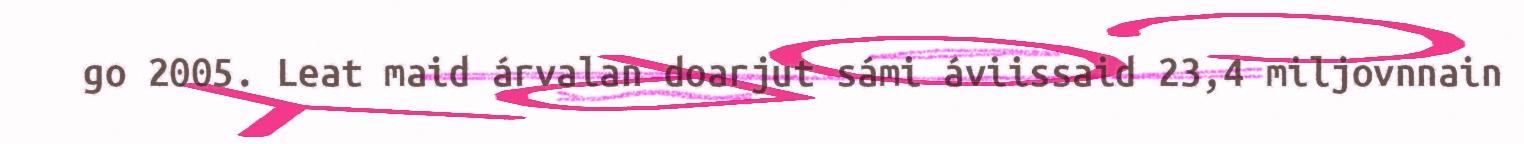
go 2005. Leat maid árvalan doarjut sámi áviissaid 23,4 miljovnnain